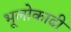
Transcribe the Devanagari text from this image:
भूलोकादी